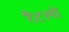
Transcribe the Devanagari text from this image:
रैटलों